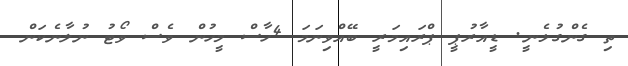
ތި ގެންގުޅެނީ. ޑީއާރުޕީ ޕްރައިމަރީ ބޭއްވިނަމަ 4ހާސް މީހުން ވެސް ވޯޓު ނުލާނެކަން